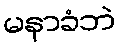
မနာခံဘဲ